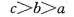
$$c > b > a$$